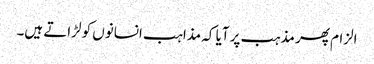
الزام پھر مذہب پر آیا کہ مذاہب انسانوں کو لڑاتے ہیں۔